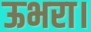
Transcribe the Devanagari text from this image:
ऊभरा।